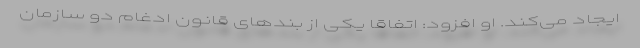
ایجاد می‌کند. او افزود: اتفاقا یکی از بندهای قانون ادغام دو سازمان